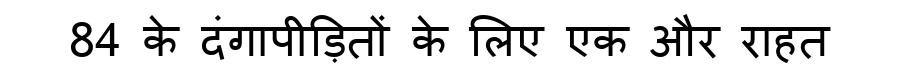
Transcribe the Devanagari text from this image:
84 के दंगापीड़ितों के लिए एक और राहत